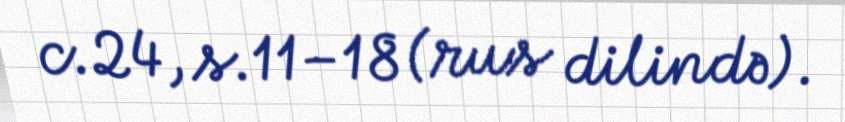
c.24, s.11–18 (rus dilində).